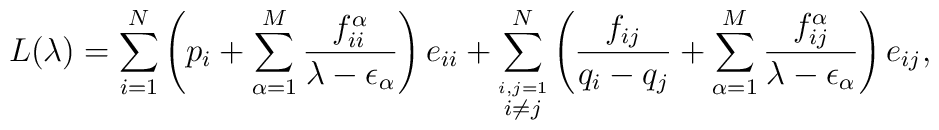
L(\lambda) = \sum\sb{i=1}\sp N \left( p\sb i + \sum\sb{\alpha =1}\sp M{f\sb{ii}\sp\alpha\over\lambda-\epsilon\sb\alpha}\right) e\sb{ii} +\sum\sb{\stackrel{i,j =1}{i\neq j}}\sp N \left( {f\sb{ij}\over q\sb i-q\sb j}+\sum\sb{\alpha =1}\sp M{f\sb{ij}\sp\alpha\over\lambda-\epsilon\sb\alpha}\right) e\sb{ij},